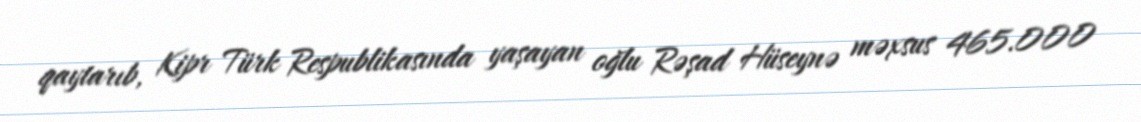
qaytarıb, Kipr Türk Respublikasında yaşayan oğlu Rəşad Hüseynə məxsus 465.000